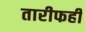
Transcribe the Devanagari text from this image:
तारीफही